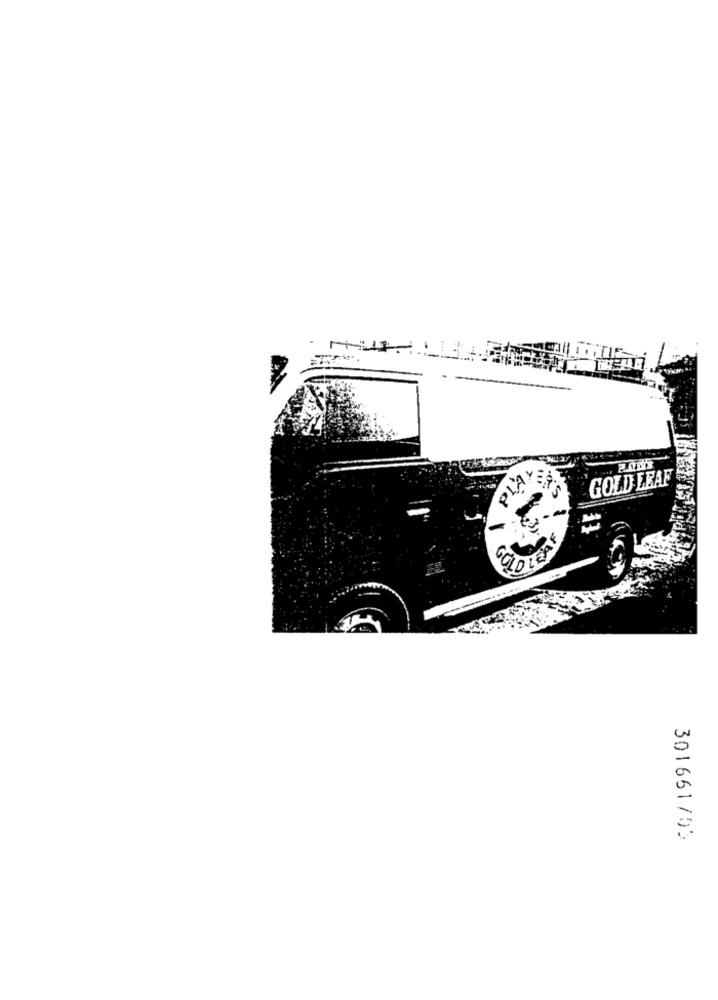
GOLD LEAF
01
301661753